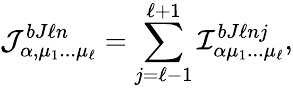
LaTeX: {\cal J}_{\alpha,\mu_{1}...\mu_{\ell}}^{bJ\ell n}=\sum_{j=\ell-1}^{\ell+1}{\cal I}_{\alpha\mu_{1}...\mu_{\ell}}^{bJ\ell nj},